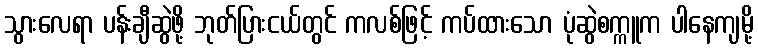
သွားလေရာ ပန်းချီဆွဲဖို့ ဘုတ်ပြားငယ်တွင် ကလစ်ဖြင့် ကပ်ထားသော ပုံဆွဲစက္ကူက ပါနေကျမို့